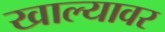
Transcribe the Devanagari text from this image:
खाल्यावर